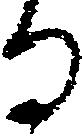
る